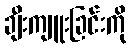
ချီးကျူးခြင်းကို